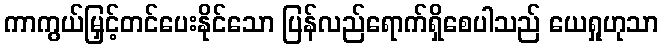
ကာကွယ်မြှင့်တင်ပေးနိုင်သော ပြန်လည်ရောက်ရှိစေပါသည် ယေရှုဟုသာ